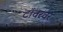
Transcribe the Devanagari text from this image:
टॉवरवर